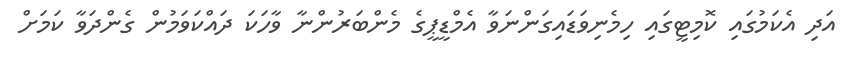
އަދި އެކަމުގައި ކޮމިޓީގައި ހިމެނިވަޑައިގަންނަވާ އެމްޑީޕީގެ މެންބަރުންނާ ވާހަކަ ދައްކަވަމުން ގެންދަވާ ކަމަށް